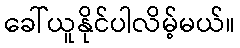
ခေါ်ယူနိုင်ပါလိမ့်မယ်။